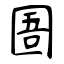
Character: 圄